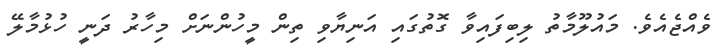
ވެއްޖެއެވެ. މައުލޫމާތު ލިބިފައިވާ ގޮތުގައި އަނިޔާވި ތިން މީހުންނަށް މިހާރު ދަނީ ހުޅުމާލޭ